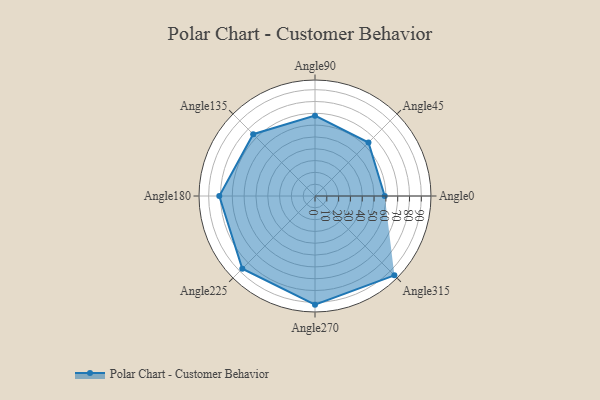
{"axis": {"x": "Angle", "y": "Radius"}, "legend": [""], "data": [{"x": "Angle0", "y": 59.0, "type": ""}, {"x": "Angle45", "y": 64.0, "type": ""}, {"x": "Angle90", "y": 68.0, "type": ""}, {"x": "Angle135", "y": 74.0, "type": ""}, {"x": "Angle180", "y": 81.0, "type": ""}, {"x": "Angle225", "y": 87.0, "type": ""}, {"x": "Angle270", "y": 92.0, "type": ""}, {"x": "Angle315", "y": 95.0, "type": ""}]}